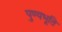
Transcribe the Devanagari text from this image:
पुण्यभूति